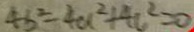
4 b ^ { 2 } - 4 a ^ { 2 } + 4 c ^ { 2 } = 0